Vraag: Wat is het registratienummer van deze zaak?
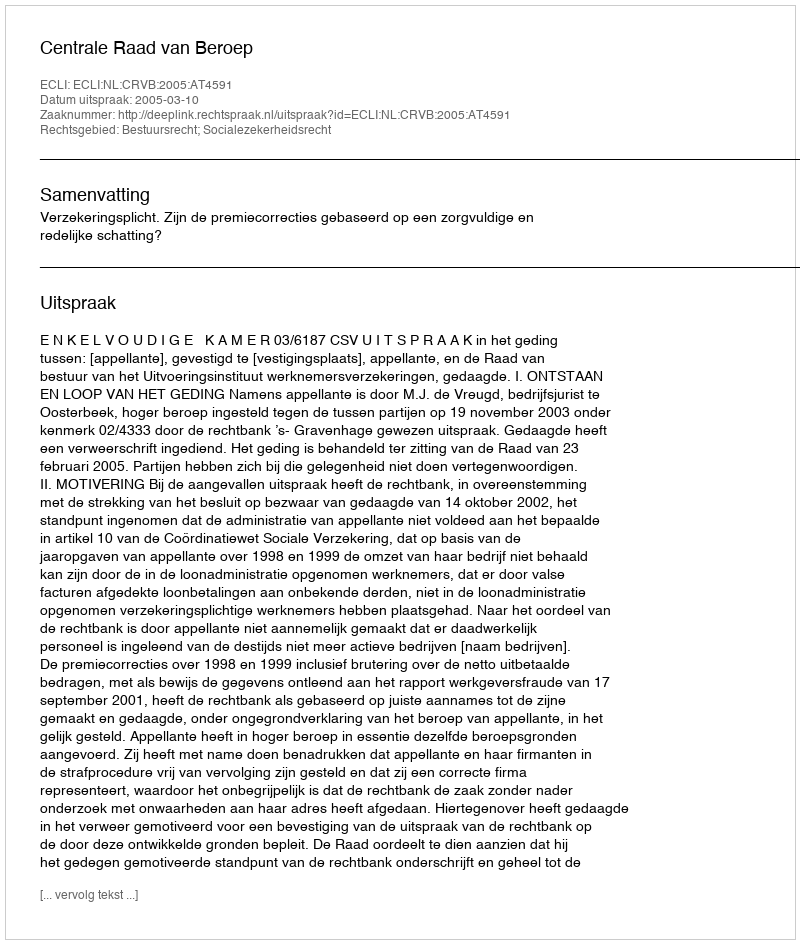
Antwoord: http://deeplink.rechtspraak.nl/uitspraak?id=ECLI:NL:CRVB:2005:AT4591